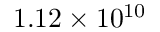
1 . 1 2 \times 1 0 ^ { 1 0 }